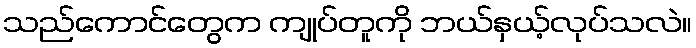
သည်ကောင်တွေက ကျုပ်တူကို ဘယ်နှယ့်လုပ်သလဲ။